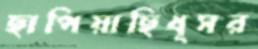
ছাপিয়াছিধূসর